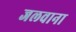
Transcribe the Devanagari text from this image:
जलवाना